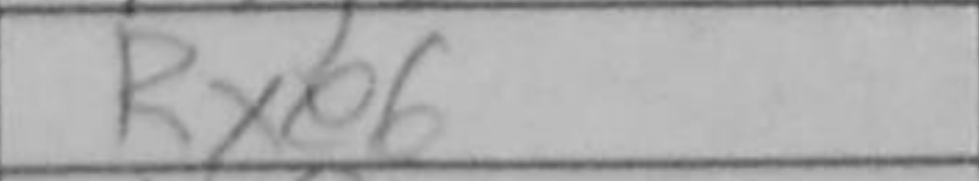
Transcription: Rxe6